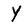
Character: Y